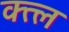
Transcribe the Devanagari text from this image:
क्त्ल